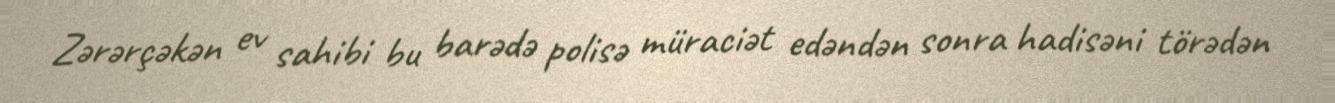
Zərərçəkən ev sahibi bu barədə polisə müraciət edəndən sonra hadisəni törədən